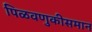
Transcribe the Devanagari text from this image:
पिळवणुकीसमान